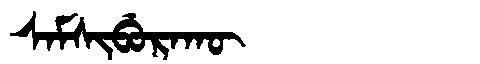
Manchu: ᠰᠠᠮᠰᡳᠪᡠᡵᠠᡴᡡ
Romanization: SAMSIBURAKŪ